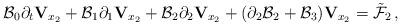
LaTeX: \begin{align*}\mathcal{B}_0\partial_t{\mathbf V}_{x_2}+\mathcal{B}_1\partial_1{\mathbf V}_{x_2}+\mathcal{B}_2\partial_2{\mathbf V}_{x_2}+(\partial_2\mathcal B_2+\mathcal{B}_3){\mathbf V}_{x_2}=\tilde{\mathcal F}_2\,,\end{align*}